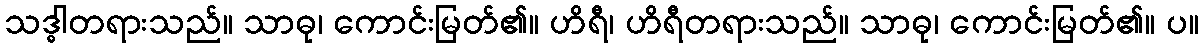
သဒ္ဓါတရားသည်။ သာဓု၊ ကောင်းမြတ်၏။ ဟိရီ၊ ဟိရီတရားသည်။ သာဓု၊ ကောင်းမြတ်၏။ ပ။